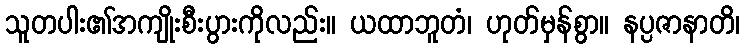
သူတပါး၏အကျိုးစီးပွားကိုလည်း။ ယထာဘူတံ၊ ဟုတ်မှန်စွာ။ နပ္ပဇာနာတိ၊